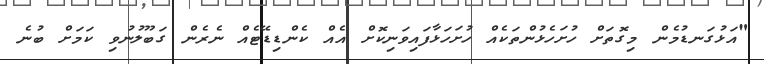
"އަޅުގަނޑުމެން މިގޮތަށް ހުށަހެޅުންތަކެއް ހުށަހަޅާފައިވަނިކޮށް އެއް ކެންޑިޑޭޓެއް ނެރެން ގަބޫލުނުވި ކަމަށް ބުނެ